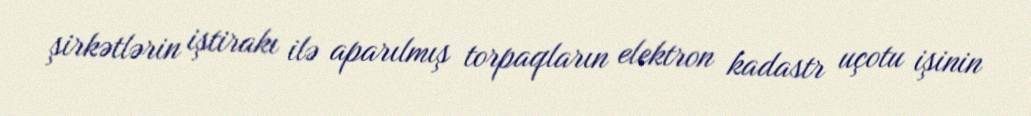
şirkətlərin iştirakı ilə aparılmış torpaqların elektron kadastr uçotu işinin